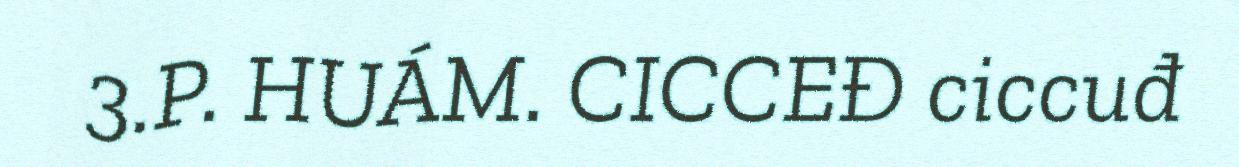
3.P. HUÁM. CICCEĐ ciccuđ